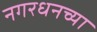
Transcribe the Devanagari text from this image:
नगरधनच्या